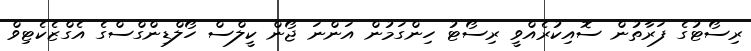
ރިސޯޓުގެ ފަރާތުން ސޮއިކުރެއްވީ ރިސޯޓު ހިންގަމުން އަންނަ ޖޯން ކީލްސް ހޯލްޑިންގްސްގެ އެގްޒެކެޓިވް